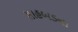
સાહબડના